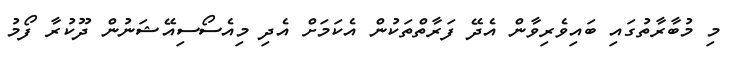
މި މުބާރާތުގައި ބައިވެރިވާން އެދޭ ފަރާތްތަކުން އެކަމަށް އެދި މިއެސޯސިއޭޝަނުން ދޫކުރާ ފޯމު